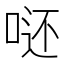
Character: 𭈮